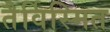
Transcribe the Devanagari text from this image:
तैर्विस्मित